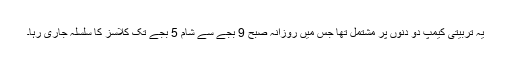
یہ تربیتی کیمپ دو دنوں پر مشتمل تھا جس میں روزانہ صبح 9 بجے سے شام 5 بجے تک کلاسز کا سلسلہ جاری رہا۔